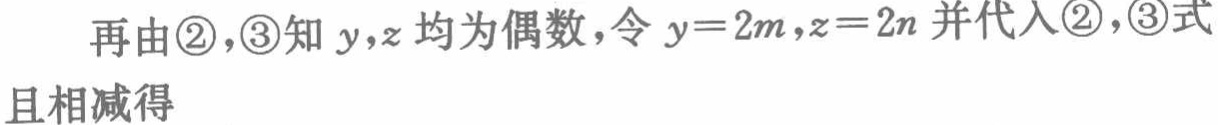
再由\textcircled{2}，\textcircled{3}知 \(y,z\) 均为偶数，令 \(y = 2m,z = 2n\) 并代入\textcircled{2}，\textcircled{3}式且相减得